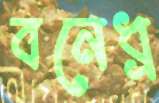
বনেধ্র